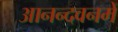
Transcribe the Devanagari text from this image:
आनन्दवनमें